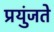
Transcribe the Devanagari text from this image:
प्रयुंजते